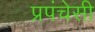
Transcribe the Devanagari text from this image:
प्रपंचेसी